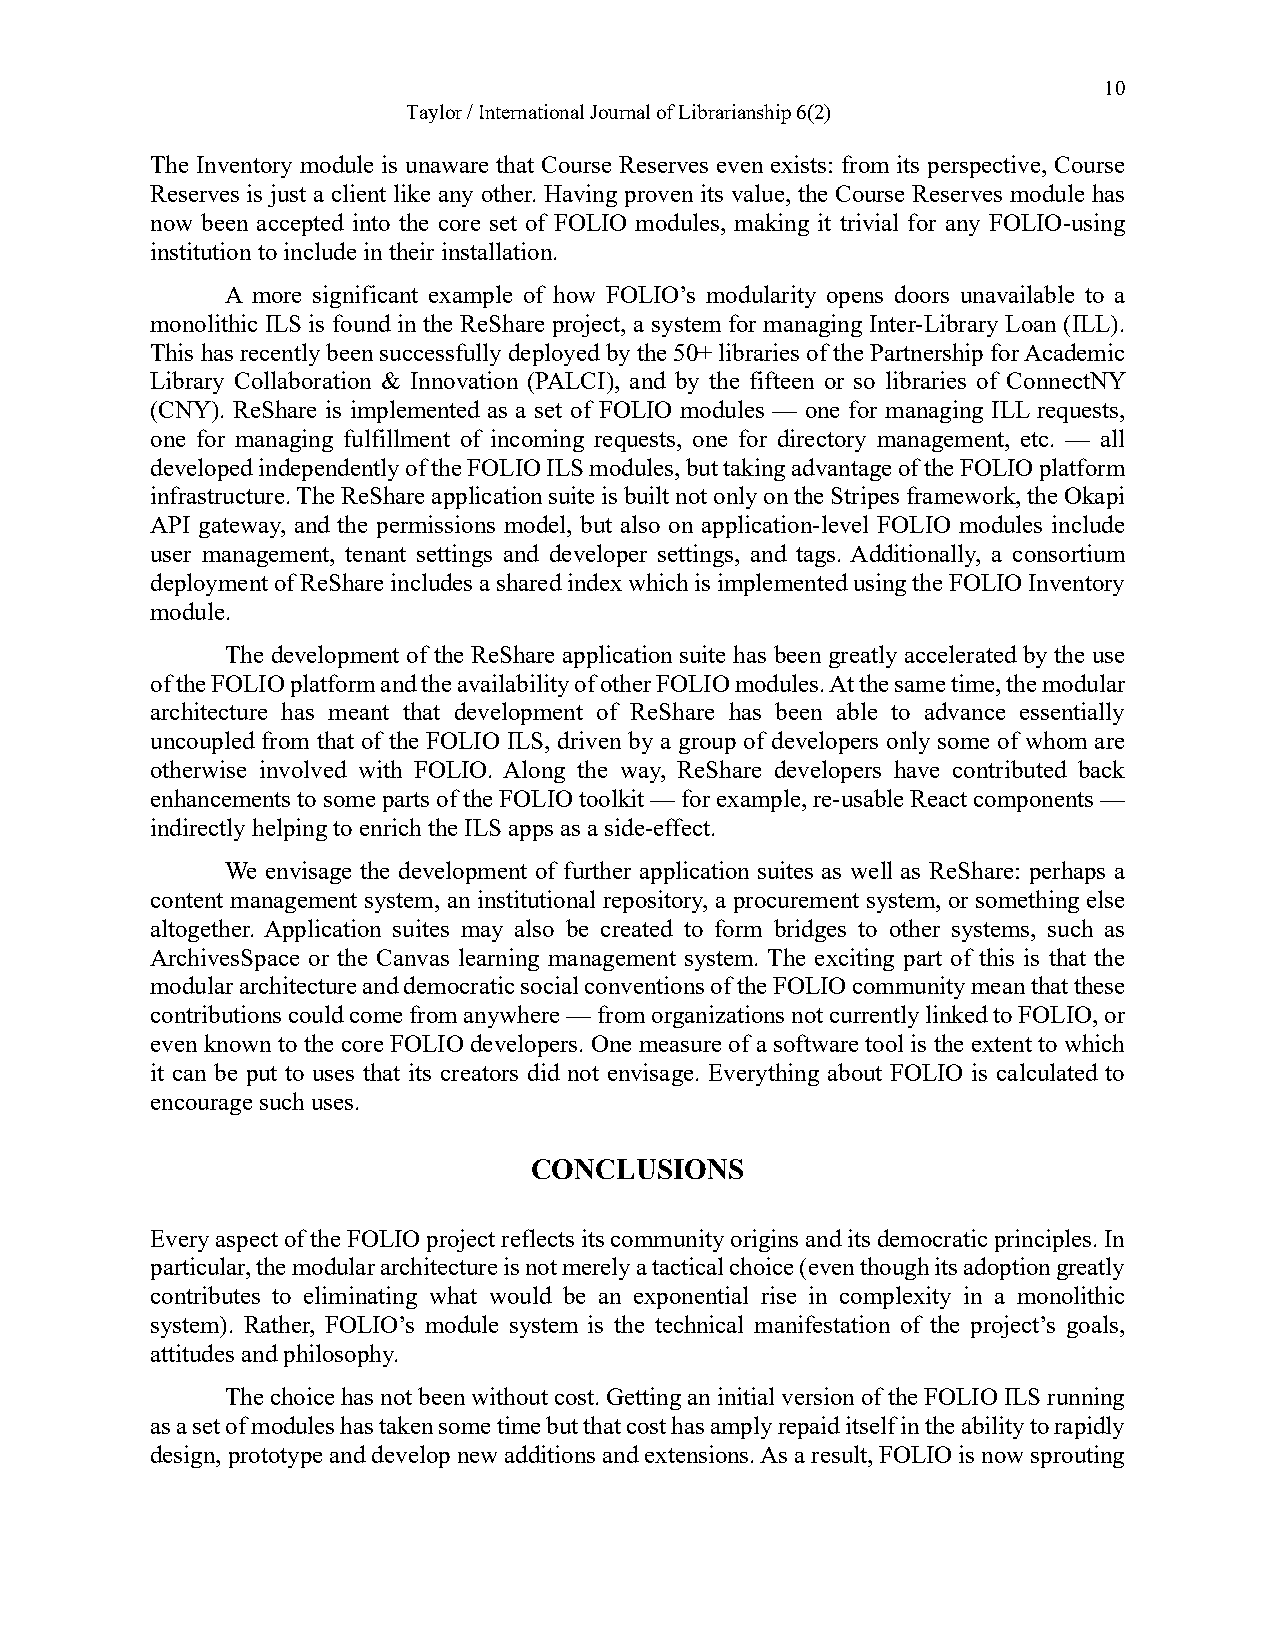
10
 Taylor / International Journal of Librarianship 6(2)
 The Inventory module is unaware that Course Reserves even exists: from its perspective, Course
 Reserves is just a client like any other. Having proven its value, the Course Reserves module has
 now been accepted into the core set of FOLIO modules, making it trivial for any FOLIO-using
 institution to include in their installation.
 A more significant example of how FOLIO’s modularity opens doors unavailable to a
 monolithic ILS is found in the ReShare project, a system for managing Inter-Library Loan (ILL).
 This has recently been successfully deployed by the 50+ libraries of the Partnership for Academic
 Library Collaboration & Innovation (PALCI), and by the fifteen or so libraries of ConnectNY
 (CNY). ReShare is implemented as a set of FOLIO modules — one for managing ILL requests,
 one for managing fulfillment of incoming requests, one for directory management, etc. — all
 developed independently of the FOLIO ILS modules, but taking advantage of the FOLIO platform
 infrastructure. The ReShare application suite is built not only on the Stripes framework, the Okapi
 API gateway, and the permissions model, but also on application-level FOLIO modules include
 user management, tenant settings and developer settings, and tags. Additionally, a consortium
 deployment of ReShare includes a shared index which is implemented using the FOLIO Inventory
 module.
 The development of the ReShare application suite has been greatly accelerated by the use
 of the FOLIO platform and the availability of other FOLIO modules. At the same time, the modular
 architecture has meant that development of ReShare has been able to advance essentially
 uncoupled from that of the FOLIO ILS, driven by a group of developers only some of whom are
 otherwise involved with FOLIO. Along the way, ReShare developers have contributed back
 enhancements to some parts of the FOLIO toolkit — for example, re-usable React components —
 indirectly helping to enrich the ILS apps as a side-effect.
 We envisage the development of further application suites as well as ReShare: perhaps a
 content management system, an institutional repository, a procurement system, or something else
 altogether. Application suites may also be created to form bridges to other systems, such as
 ArchivesSpace or the Canvas learning management system. The exciting part of this is that the
 modular architecture and democratic social conventions of the FOLIO community mean that these
 contributions could come from anywhere — from organizations not currently linked to FOLIO, or
 even known to the core FOLIO developers. One measure of a software tool is the extent to which
 it can be put to uses that its creators did not envisage. Everything about FOLIO is calculated to
 encourage such uses.
 CONCLUSIONS
 Every aspect of the FOLIO project reflects its community origins and its democratic principles. In
 particular, the modular architecture is not merely a tactical choice (even though its adoption greatly
 contributes to eliminating what would be an exponential rise in complexity in a monolithic
 system). Rather, FOLIO’s module system is the technical manifestation of the project’s goals,
 attitudes and philosophy.
 The choice has not been without cost. Getting an initial version of the FOLIO ILS running
 as a set of modules has taken some time but that cost has amply repaid itself in the ability to rapidly
 design, prototype and develop new additions and extensions. As a result, FOLIO is now sprouting